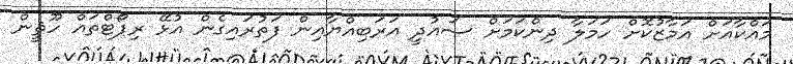
މައްކާއަށް އަމާޒުކޮށް ހަމަލާ ދިންކަމަށް ސައުދީ އަރަބިއްޔާއިން ފަތުރައިގެން އުޅޭ ރިޕޯޓްތައް ހޫޘީން